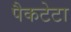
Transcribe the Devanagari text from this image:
पैकटेटा